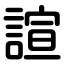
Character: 諠